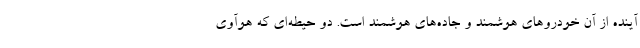
آینده از آن خودروهای هوشمند و جاده‌های هوشمند است. دو حیطه‌ای که هوآوی